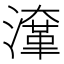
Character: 㵮